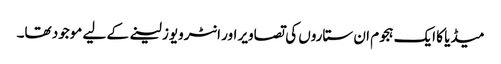
میڈیا کا ایک ہجوم ان ستاروں کی تصاویر اور انٹرویوز لینے کے لیے موجود تھا۔